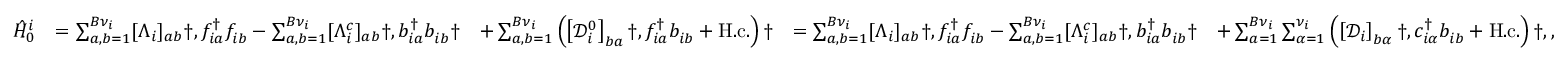
\begin{array} { r l r l r } { \hat { H } _ { 0 } ^ { i } } & { = \sum _ { a , b = 1 } ^ { { B } \nu _ { i } } [ \Lambda _ { i } ] _ { a b } \dag , f _ { i a } ^ { \dagger } f _ { i b } ^ { \phantom { \dagger } } - \sum _ { a , b = 1 } ^ { B \nu _ { i } } [ \Lambda _ { i } ^ { c } ] _ { a b } \dag , b _ { i a } ^ { \dagger } b _ { i b } ^ { \phantom { \dagger } } \dag } & { + \sum _ { a , b = 1 } ^ { B \nu _ { i } } \left( \left[ \mathcal { D } _ { i } ^ { 0 } \right] _ { b a } \dag , f _ { i a } ^ { \dagger } b _ { i b } ^ { \phantom { \dagger } } + \mathrm { H . c . } \right) \dag } & { = \sum _ { a , b = 1 } ^ { { B } \nu _ { i } } [ \Lambda _ { i } ] _ { a b } \dag , f _ { i a } ^ { \dagger } f _ { i b } ^ { \phantom { \dagger } } - \sum _ { a , b = 1 } ^ { B \nu _ { i } } [ \Lambda _ { i } ^ { c } ] _ { a b } \dag , b _ { i a } ^ { \dagger } b _ { i b } ^ { \phantom { \dagger } } \dag } & { + \sum _ { a = 1 } ^ { B { \nu } _ { i } } \sum _ { \alpha = 1 } ^ { \nu _ { i } } \left( \left[ \mathcal { D } _ { i } \right] _ { b \alpha } \dag , c _ { i \alpha } ^ { \dagger } b _ { i b } ^ { \phantom { \dagger } } + \mathrm { H . c . } \right) \dag , , } \end{array}